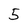
Character: 5